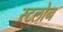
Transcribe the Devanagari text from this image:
स्टलोन